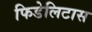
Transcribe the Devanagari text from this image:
फिडेलिटास